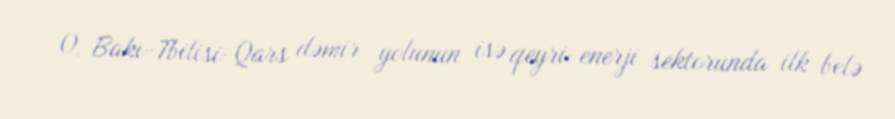
O, Bakı-Tbilisi-Qars dəmir yolunun isə qeyri-enerji sektorunda ilk belə